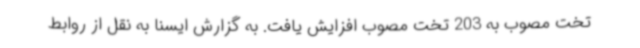
تخت مصوب به 203 تخت مصوب افزایش یافت. به گزارش ایسنا به نقل از روابط